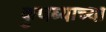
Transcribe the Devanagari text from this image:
कुणब्याच्या